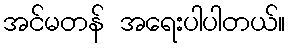
အင်မတန် အရေးပါပါတယ်။